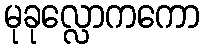
မုခုလ္လောကကော